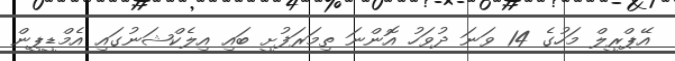
އޭޕްރީލް މަހުގެ 14 ވަނަ ދުވަހު އޮންނަ ތިމަރަފުށީ ބައި އިލެކްޝަނުގައި އެމްޑީޕީން